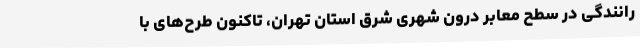
رانندگی در سطح معابر درون شهری شرق استان تهران، تاکنون طرح‌های با